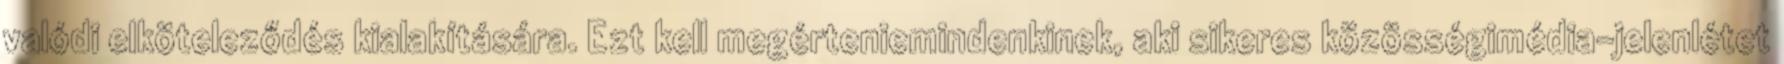
valódi elköteleződés kialakítására. Ezt kell megérteniemindenkinek, aki sikeres közösségimédia-jelenlétet